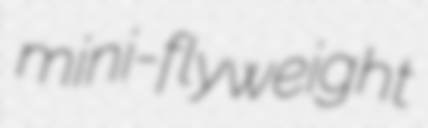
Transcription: mini-flyweight